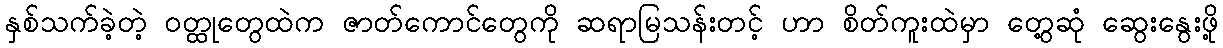
နှစ်သက်ခဲ့တဲ့ ဝတ္ထုတွေထဲက ဇာတ်ကောင်တွေကို ဆရာမြသန်းတင့် ဟာ စိတ်ကူးထဲမှာ တွေ့ဆုံ ဆွေးနွေးဖို့